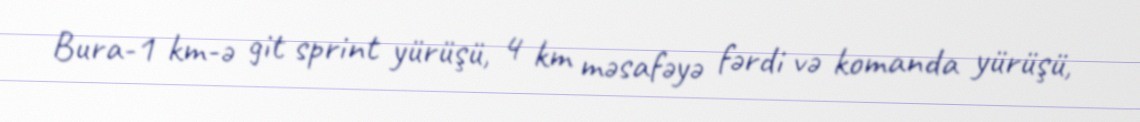
Bura-1 km-ə git sprint yürüşü, 4 km məsafəyə fərdi və komanda yürüşü,